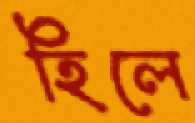
হিলে